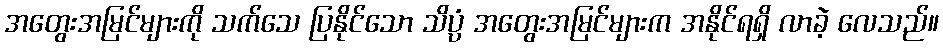
အတွေးအမြင်များကို သက်သေ ပြနိုင်သော သိပ္ပံ အတွေးအမြင်များက အနိုင်ရရှိ လာခဲ့ လေသည်။